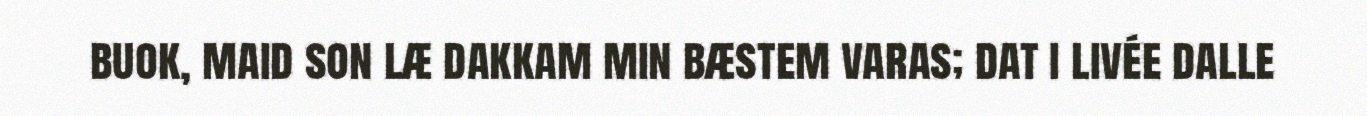
buok, maid son læ dakkam min bæstem varas; dat i livée dalle